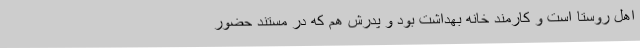
اهل روستا است و کارمند خانه بهداشت بود و پدرش هم که در مستند حضور